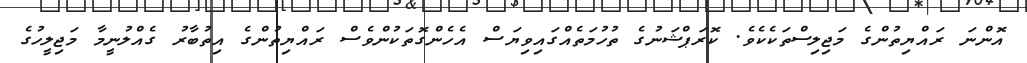
އޮންނަ ރައްޔިތުންގެ މަޖިލިސްތަކެކެވެ. ކޮރަޕްޝަނުގެ ތުހުމަތެއްގައިވިޔަސް އެހެންގޮތަކުންވެސް ރައްޔިތުންގެ އިތުބާރު ގެއްލުނީމާ މަޖިލީހުގެ